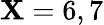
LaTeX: \mathbf{X}=6,7